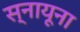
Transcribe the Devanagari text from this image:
स्नायूना